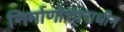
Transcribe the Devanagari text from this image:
निर्माणोत्ताराधीन